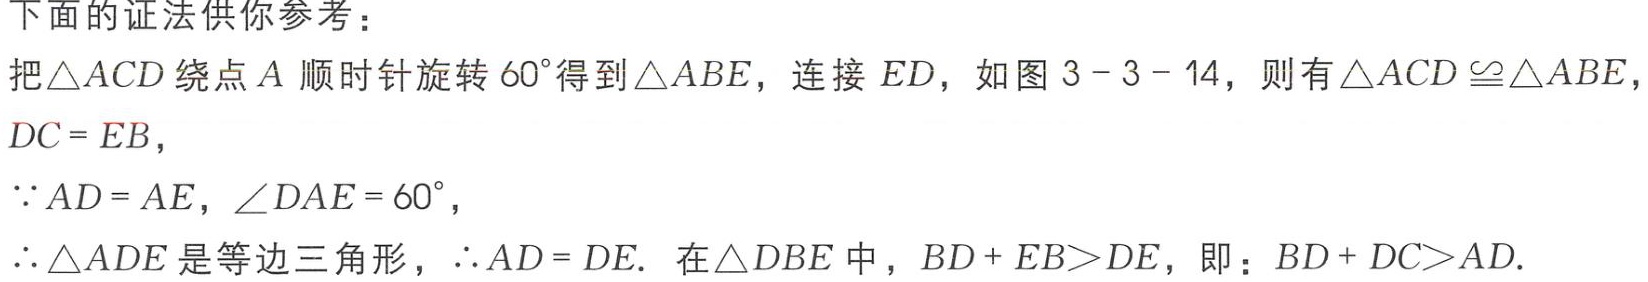
下面的证法供你参考：

把$\triangle ACD$绕点$A$顺时针旋转$60^{\circ}$得到$\triangle ABE$，连接$ED$，如图$3 - 3 - 14$，则有$\triangle ACD\cong\triangle ABE$，

$DC = EB$，

$\because AD = AE$，$\angle DAE = 60^{\circ}$，

$\therefore\triangle ADE$是等边三角形，$\therefore AD = DE$. 在$\triangle DBE$中，$BD + EB>DE$，即：$BD + DC>AD$.